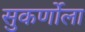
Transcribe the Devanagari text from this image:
सुकर्णोला